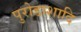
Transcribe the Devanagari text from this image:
पुरोडाशादि